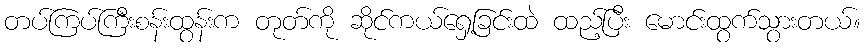
တပ်ကြပ်ကြီးစန်းထွန်းက တုတ်ကို ဆိုင်ကယ်ရှေ့ခြင်းထဲ ထည့်ပြီး မောင်းထွက်သွားတယ်။